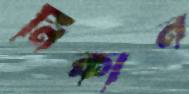
নিকান